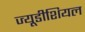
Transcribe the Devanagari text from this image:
ज्यूडीशियल